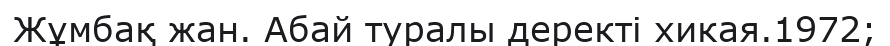
Жұмбақ жан. Абай туралы деректі хикая.1972;